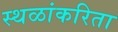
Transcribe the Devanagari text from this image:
स्थळांकरिता